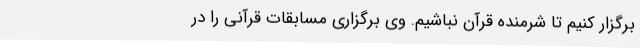
برگزار کنیم تا شرمنده قرآن نباشیم. وی برگزاری مسابقات قرآنی را در